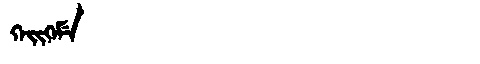
Manchu: ᡴᡝᡳᡴᡝᠮᡝ
Romanization: KEIKEME